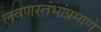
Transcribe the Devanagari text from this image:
लवणस्तंभांप्रमाणे